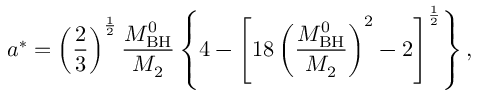
a ^ { * } = \left( \frac { 2 } { 3 } \right) ^ { \frac { 1 } { 2 } } \frac { M _ { \mathrm { B H } } ^ { 0 } } { M _ { \mathrm { 2 } } } \left\{ 4 - \left[ 1 8 \left( \frac { M _ { \mathrm { B H } } ^ { 0 } } { M _ { \mathrm { 2 } } } \right) ^ { 2 } - 2 \right] ^ { \frac { 1 } { 2 } } \right\} ,